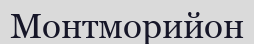
Монтморийон